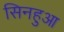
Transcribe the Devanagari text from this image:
सिनहुआ